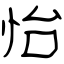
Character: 怡